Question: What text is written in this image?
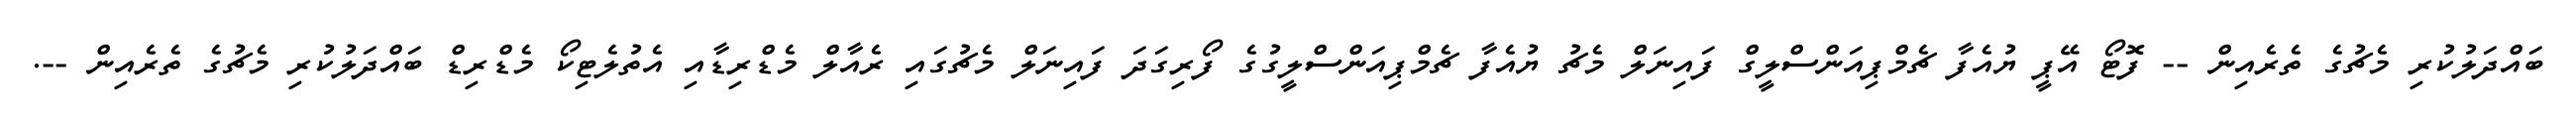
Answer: ބައްދަލުކުރި މެޗުގެ ތެރެއިން -- ފޮޓޯ އޭޕީ ޔުއެފާ ޗެމްޕިއަންސްލީގް ފައިނަލް މެޗު ޔުއެފާ ޗެމްޕިއަންސްލީގުގެ ފޯރިގަދަ ފައިނަލް މެޗުގައި ރެއާލް މެޑްރިޑާއި އެތުލެޓިކޯ މެޑްރިޑް ބައްދަލުކުރި މެޗުގެ ތެރެއިން --.